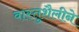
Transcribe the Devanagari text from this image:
वास्तुशैलीने